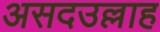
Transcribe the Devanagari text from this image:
असदउल्लाह